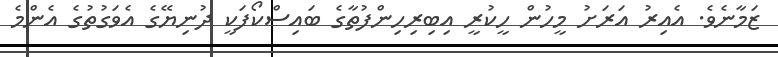
ޒަމާނެވެ. އެއިރު އަރަށު މީހުން ހީކުރީ އިބިރިހިންފުތާގެ ބައިސްކޯފަކީ ދުނިޔޭގެ އެވަގުތުގެ އެންމެ